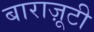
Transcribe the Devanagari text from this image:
बाराज़ूटी